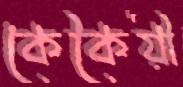
কেকৈয়ী